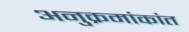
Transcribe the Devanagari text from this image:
अनुक्रमांकांत